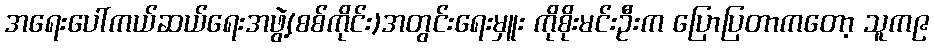
အရေးပေါ်ကယ်ဆယ်ရေးအဖွဲ့(စစ်ကိုင်း)အတွင်းရေးမှူး ကိုစိုးမင်းဦးက ပြောပြတာကတော့ သူက၉